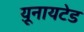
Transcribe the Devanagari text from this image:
य़ूनायटेड